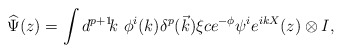
\begin{align*}\widehat{\Psi}(z)=\int d^{p+1}\!k\ \phi^i(k)\delta^p(\vec{k})\xi ce^{-\phi}\psi^ie^{ikX}(z)\otimes I,\end{align*}